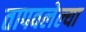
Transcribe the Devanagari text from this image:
तापवलेल्या